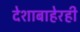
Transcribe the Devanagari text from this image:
देशाबाहेरही